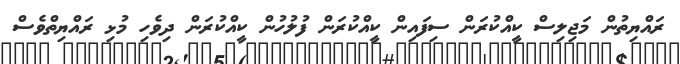
ރައްޔިތުން މަޖިލިސް ކީއްކުރަން ސިފައިން ކީއްކުރަން ފުލުހުން ކީއްކުރަން ދިވެހި މުޅި ރައްޔިތްވެސް